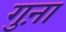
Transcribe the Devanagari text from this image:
गुऩा